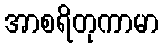
အာစရိတုကာမာ